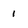
Character: 1